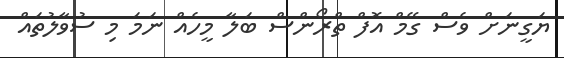
ޔަގީނަށް ވެސް ގޭމް އޮފް ތްރޯންސް ބަލާ މީހެއް ނަމަ މި ސުވާލުތައް